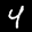
Label: 4